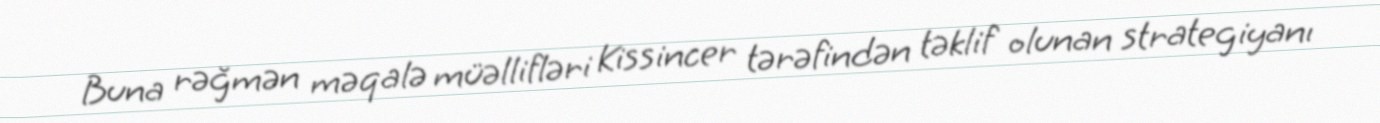
Buna rəğmən məqalə müəllifləri Kissincer tərəfindən təklif olunan strategiyanı